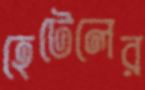
হেটেলের